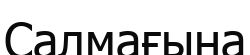
Салмағына